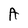
Character: A